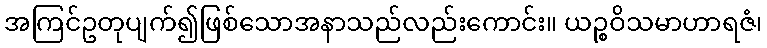
အကြင်ဥတုပျက်၍ဖြစ်သောအနာသည်လည်းကောင်း။ ယဉ္စဝိသမာဟာရဇံ၊